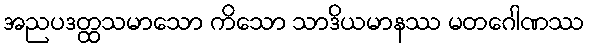
အညပဒတ္ထသမာသော ကိသော သာဒိယမာနဿ မတဂေါဏဿ